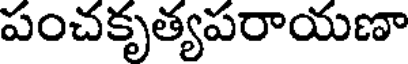
పంచకృత్యపరాయణా